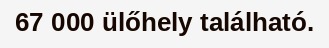
67 000 ülőhely található.